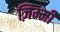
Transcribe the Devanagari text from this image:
ज़िम्मी